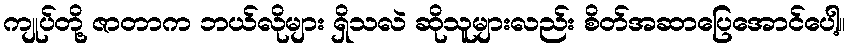
ကျုပ်တို့ ဇာတာက ဘယ်လိုများ ရှိသလဲ ဆိုသူများလည်း စိတ်အဆာပြေအောင်ပေါ့။